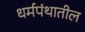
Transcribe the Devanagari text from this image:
धर्मपंथातील